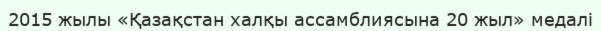
2015 жылы «Қазақстан халқы ассамблиясына 20 жыл» медалі